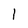
Character: 1